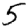
Digit: 5